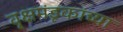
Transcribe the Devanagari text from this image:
वृक्षमंडूकांच्या